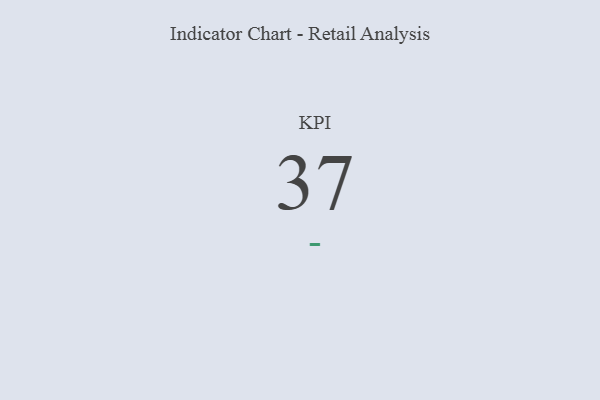
{"axis": {"x": "KPI", "y": "Value"}, "legend": [""], "data": [{"x": "KPI", "y": 37, "type": ""}]}